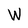
Character: W